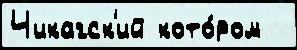
Чикагск'ий кото́ром